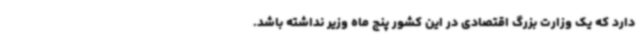
دارد که یک وزارت بزرگ اقتصادی در این کشور پنج ماه وزیر نداشته باشد.